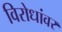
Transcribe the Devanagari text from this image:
विरोधांवर